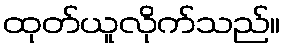
ထုတ်ယူလိုက်သည်။